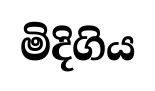
මිදිගිය